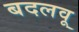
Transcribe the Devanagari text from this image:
बदलवू